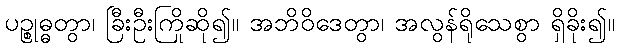
ပဉ္စုဓ္ဓတွာ၊ ခြီးဦးကြိုဆို၍။ အဘိဝိဒေတွာ၊ အလွန်ရိုသေစွာ ရှိခိုး၍။